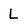
Character: L